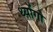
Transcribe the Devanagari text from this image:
थ्योंगो